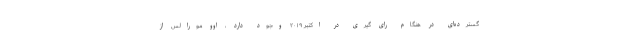
گسترده‌ای در هنگام رای گیری در اکتبر ۲۰۱۹ وجود دارد ، اوو مورالس از